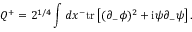
Q ^ { + } = 2 ^ { 1 / 4 } \int d x ^ { - } \mathrm { t r } \left[ ( \partial _ { - } \phi ) ^ { 2 } + \mathrm { i } \psi \partial _ { - } \psi \right] .